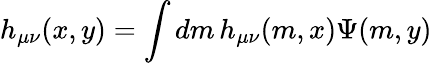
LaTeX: h_{\mu\nu}(x,y)=\int dm\, h_{\mu\nu}(m,x)\Psi(m,y)